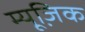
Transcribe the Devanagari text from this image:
म्‍यूजि़क